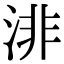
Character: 渄